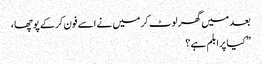
بعد میں گھر لوٹ کر میں نے اسے فون کرکے پوچھا ،
” کیا پرابلم ہے ؟